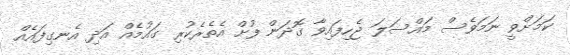
ކަަމަށްވީ ނަމަވެސް މައްސަލަ ޖެހިފައިވާ ގޮދަން ފުށް އެތެރެކުރި ގައުމެއް އަދި އެނގިފައެއް